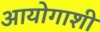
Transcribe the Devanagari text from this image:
आयोगाशी